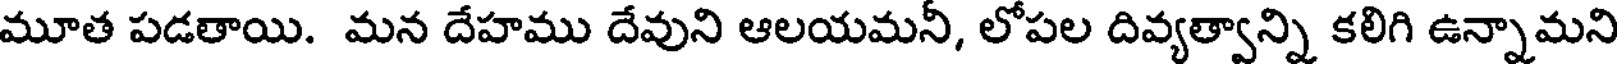
మూత పడతాయి. మన దేహము దేవుని ఆలయమనీ, లోపల దివ్యత్వాన్ని కలిగి ఉన్నామని